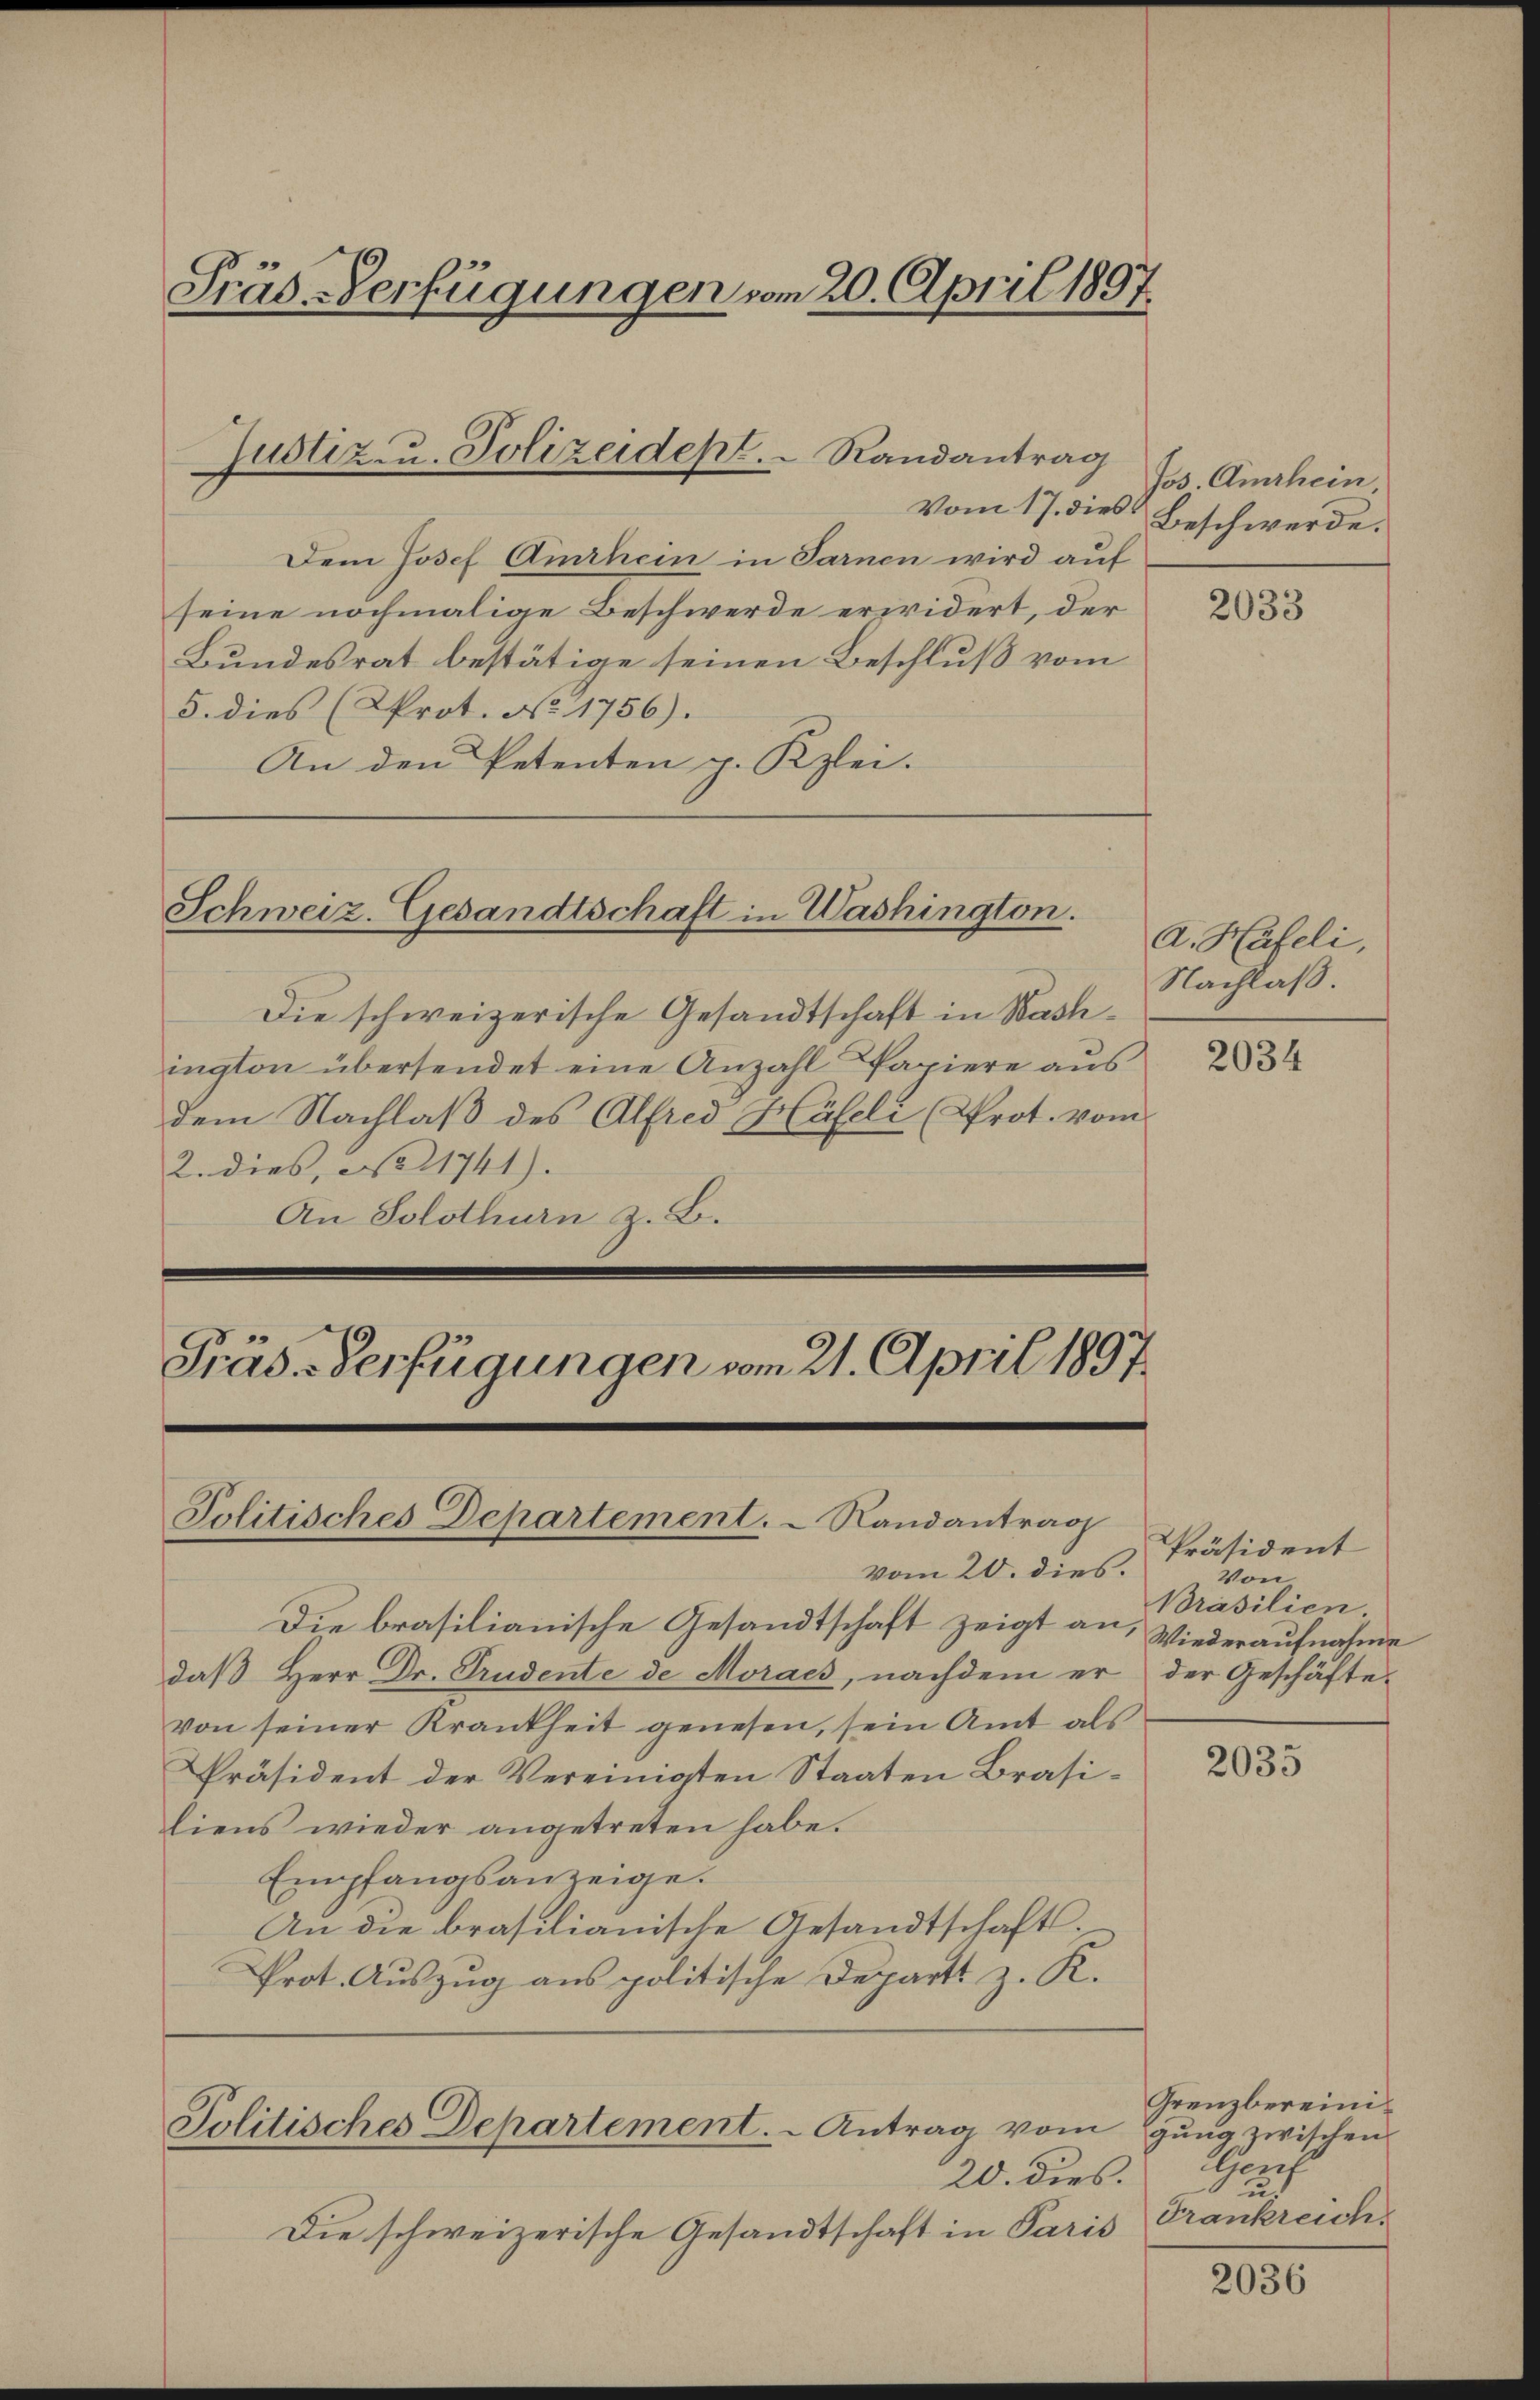
Prüs-Verfügungen vom 20. April 1897.

Dem Josef Amrhein in Sarnen wird auf
seine nochmalige Beschwerde erwidert, der
Bundesrat bestätige seinen Beschluß vom
5. dies (AProt. No. 1756).
An den Petenten p. Kzlei.

Justiz- u. Polizeidept. Randantrag

Schweiz. Gesandtschaft in Washington.

Präs. Verfügungen vom 21. April 1897.

Politisches Departement. - Randantrag

Die schweizerische Gesandtschaft in Washington übersendet eine Anzahl Papiere aus
dem Nachlaβ des Alfred Häfeli (Prot. vom
2. dies, No 1741).
An Solothurn z. B.

vom 20. dies.
Die brasilianische Gesandtschaft zeigt an, Wiederaufnahme
daβ Herr Dr. Prudente de Moracs, nachdem er der Geschäfte
von seiner Krankheit genesen, sein Amt als
Präsident der Vereinigten Staaten Brasiliens wieder angetreten habe.
Empfangsanzeige.
An die brasilianische Gesandtschaft.
Prot. Auszug aus politische Depart z. K.

Politisches Departement. - Antrag vom

20. dies.
Die schweizerische Gesandtschaft in Paris

Jos. Amrhein,
Vom 17. dies Beschwerde.

2033

A. Häfeli,
Nachlaß.

2034

Präsident
Von
Brasilien.

2035

Grenzbereinigung zwischen
Genf
u
Frankreich.

2036